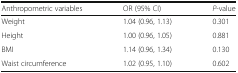
| Anthropometric variables | OR (95% CI) | P-value |
 | --- | --- | --- |
 | Weight | 1.04 (0.96, 1.13) | 0.301 |
 | Height | 1.00 (0.96, 1.05) | 0.881 |
 | BMI | 1.14 (0.96, 1.34) | 0.130 |
 | Waist circumference | 1.02 (0.95, 1.10) | 0.602 |